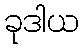
ခုဒါယ